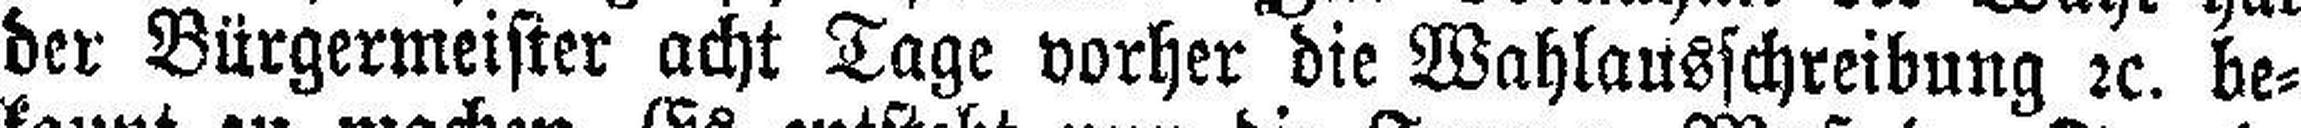
der Bürgermeister acht Tage vorher die Wahlausschreibung 2c. be¬